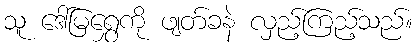
သူ ဒေါ်မြရွှေကို ဖျတ်ခနဲ လှည့်ကြည့်သည်။